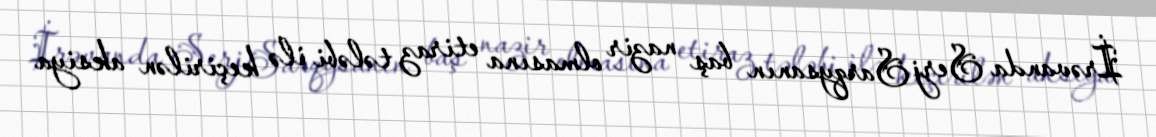
İrəvanda Serj Sarqysanın baş nazir olmasına etiraz tələbi ilə keçirilən aksiya